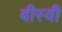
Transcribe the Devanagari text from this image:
बीस्वी